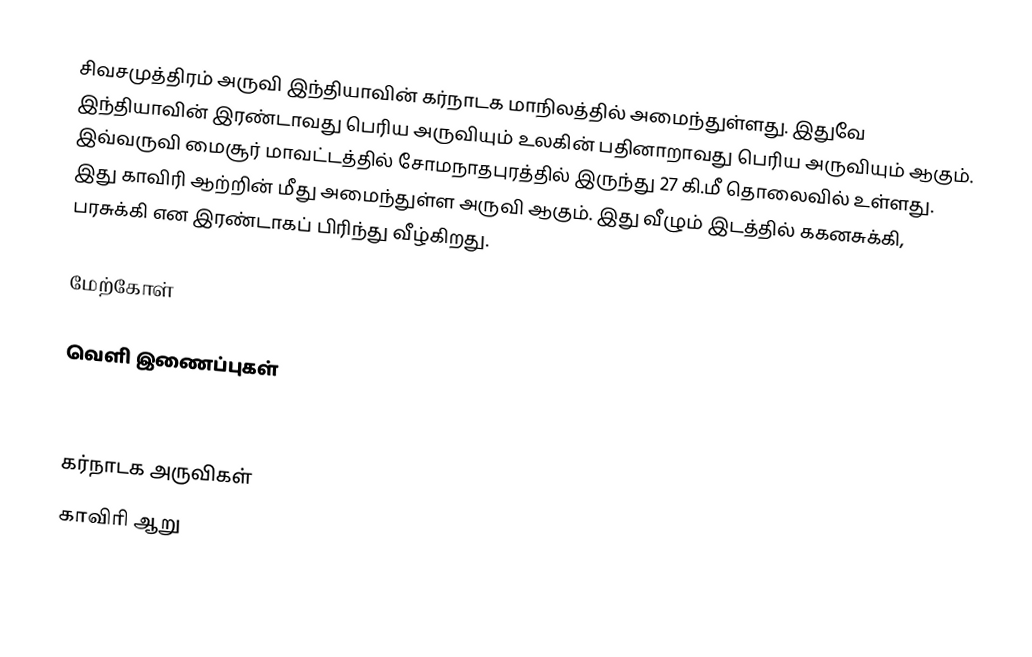
சிவசமுத்திரம் அருவி இந்தியாவின் கர்நாடக மாநிலத்தில் அமைந்துள்ளது. இதுவே இந்தியாவின் இரண்டாவது பெரிய அருவியும் உலகின் பதினாறாவது பெரிய அருவியும் ஆகும். இவ்வருவி மைசூர் மாவட்டத்தில் சோமநாதபுரத்தில் இருந்து 27 கி.மீ தொலைவில் உள்ளது. இது காவிரி ஆற்றின் மீது அமைந்துள்ள அருவி ஆகும். இது வீழும் இடத்தில் ககனசுக்கி, பரசுக்கி என இரண்டாகப் பிரிந்து வீழ்கிறது.

மேற்கோள்

வெளி இணைப்புகள்

கர்நாடக அருவிகள்
காவிரி ஆறு